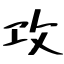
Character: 攻